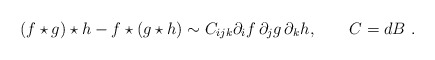
\begin{align*}(f\star g)\star h-f\star(g\star h)\sim C_{ijk}\partial_{i}f\,\partial_{j}g\,\partial_{k}h,\qquad C=dB\,\,.\end{align*}